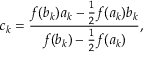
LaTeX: c _ { k } = { \frac { f ( b _ { k } ) a _ { k } - { \frac { 1 } { 2 } } f ( a _ { k } ) b _ { k } } { f ( b _ { k } ) - { \frac { 1 } { 2 } } f ( a _ { k } ) } } ,